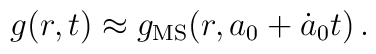
g(r,t) \approx g_{\rm MS}(r, a_0+\dot a_0 t) \, .